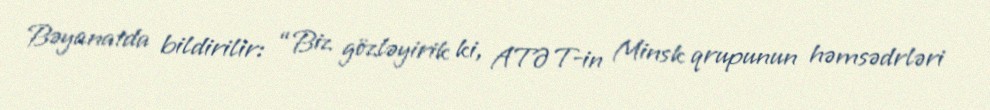
Bəyanatda bildirilir: “Biz gözləyirik ki, ATƏT-in Minsk qrupunun həmsədrləri